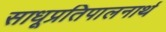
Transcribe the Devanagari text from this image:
साधूप्रतिपालनार्थ